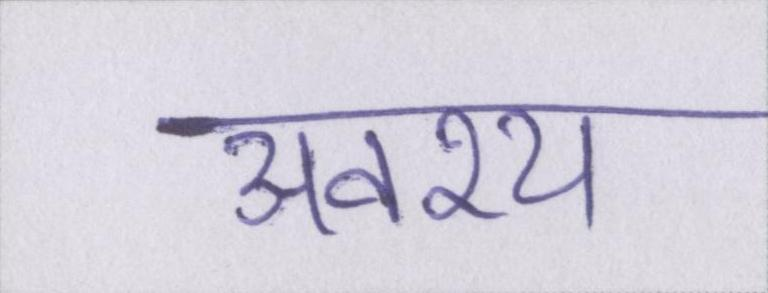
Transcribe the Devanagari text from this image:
अवश्य